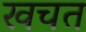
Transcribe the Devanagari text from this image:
खचत